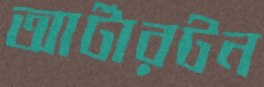
আর্টারটন